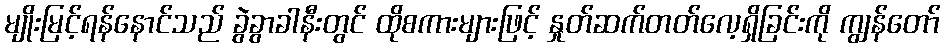
မျိုးမြင့်ရန်နောင်သည် ခွဲခွာခါနီးတွင် ထိုစကားများဖြင့် နှုတ်ဆက်တတ်လေ့ရှိခြင်းကို ကျွန်တော်